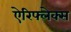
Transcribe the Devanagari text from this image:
ऐरिफ्लेक्स